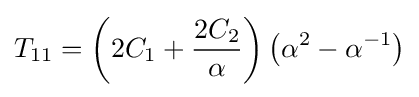
T_{11}=\left(2C_{1}+{\frac {2C_{2}}{\alpha }}\right)\left(\alpha ^{2}-\alpha ^{-1}\right)